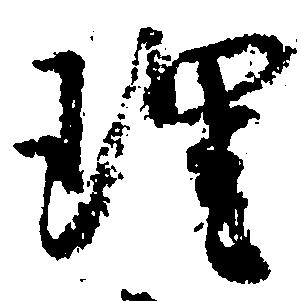
理